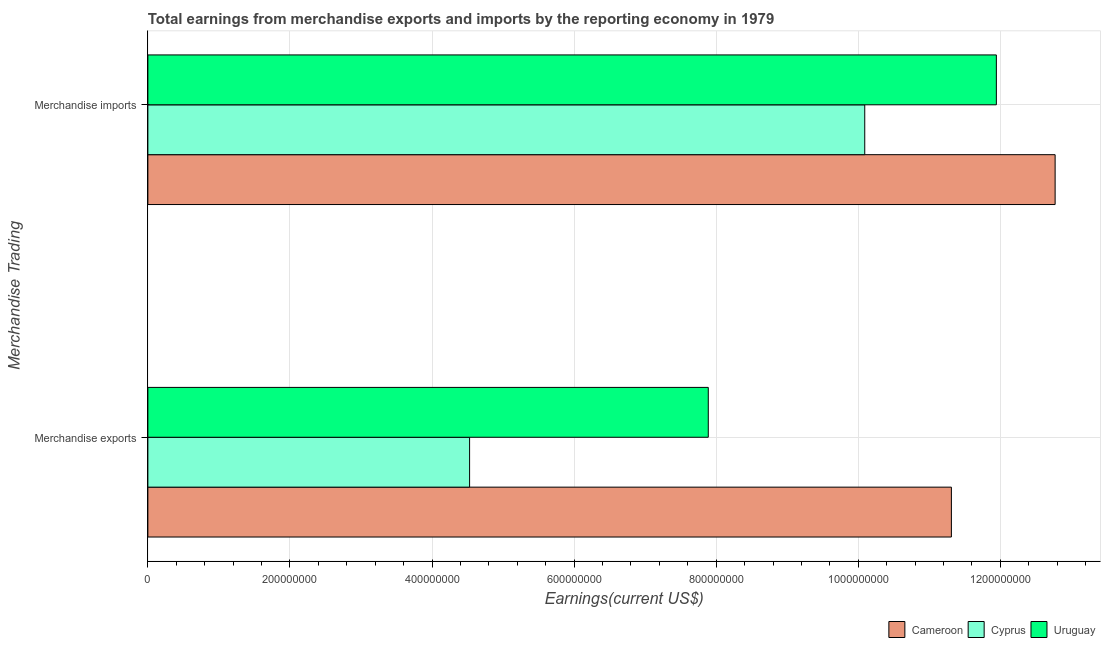
| Merchandise Trading | Cameroon | Cyprus | Uruguay |
 | --- | --- | --- | --- |
 | Merchandise exports | 1.13e+09 | 4.53e+08 | 7.89e+08 |
 | Merchandise imports | 1.28e+09 | 1.01e+09 | 1.19e+09 |